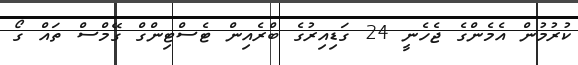
ކުރުމުން އެމެންގެ ޖެހެނީ 24 ގަޑިއިރުގެ ބްރެއިން ޓެސްޓިންގް ގޭމްސް ތައް ގޯ